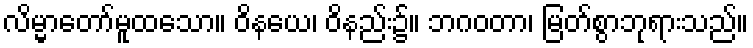
လိမ္မာတော်မူထသော။ ဝိနယေ၊ ဝိနည်း၌။ ဘဂဝတာ၊ မြတ်စွာဘုရားသည်။